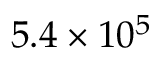
5 . 4 \times 1 0 ^ { 5 }